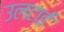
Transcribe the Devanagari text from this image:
उलटाई